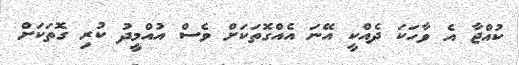
ކުއްޖާ އެ ވާހަކަ ދެއްކީ އޭނަ އެއްގޮތަކަށް ވެސް އުއްމީދު ކުރި ގޮތަކަށް